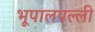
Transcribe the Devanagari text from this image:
भूपालपल्ली